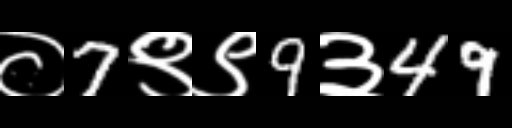
Text: ०7९९9३49